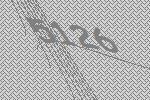
5126